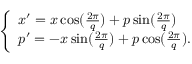
\begin{array} { r } { \left\{ \begin{array} { l l l } { x ^ { \prime } = x \cos ( \frac { 2 \pi } { q } ) + p \sin ( \frac { 2 \pi } { q } ) } \\ { p ^ { \prime } = - x \sin ( \frac { 2 \pi } { q } ) + p \cos ( \frac { 2 \pi } { q } ) . } \end{array} \right. } \end{array}